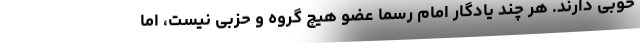
خوبی دارند. هر چند یادگار امام رسما عضو هیچ گروه و حزبی نیست، اما